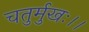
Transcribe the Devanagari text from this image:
चतुर्मुखः।।